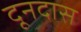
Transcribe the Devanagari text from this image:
दूनदास